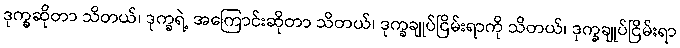
ဒုက္ခဆိုတာ သိတယ်၊ ဒုက္ခရဲ့ အကြောင်းဆိုတာ သိတယ်၊ ဒုက္ခချုပ်ငြိမ်းရာကို သိတယ်၊ ဒုက္ခချုပ်ငြိမ်းရာ